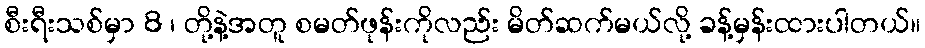
စီးရီးသစ်မှာ 8 ၊ တို့နဲ့အတူ စမတ်ဖုန်းကိုလည်း မိတ်ဆက်မယ်လို့ ခန့်မှန်းထားပါတယ်။